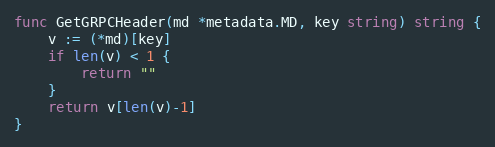
Language: Go
func GetGRPCHeader(md *metadata.MD, key string) string {
	v := (*md)[key]
	if len(v) < 1 {
		return ""
	}
	return v[len(v)-1]
}